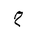
Letter: _ha